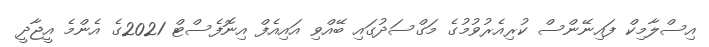
އިސްލާމިކް ފައިނޭންސް ކުރިއެރުވުމުގެ މަގްސަދުގައި ބޭއްވި އައިއެފް އިނޮފެސްޓް 2021ގެ އެންމެ އީޖާދީ